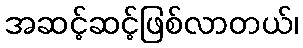
အဆင့်ဆင့်ဖြစ်လာတယ်၊